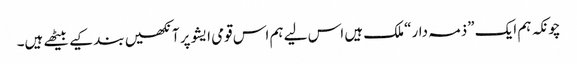
چونکہ ہم ایک ”ذمہ دار“ ملک ہیں اس لیے ہم اس قومی ایشو پرآنکھیں بند کیے بیٹھے ہیں۔